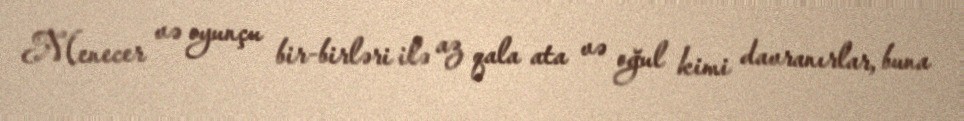
Menecer və oyunçu bir-birləri ilə az qala ata və oğul kimi davranırlar, buna